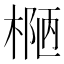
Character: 𰘄